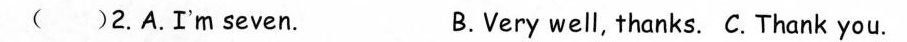
( )2.A.I'm seven. B.Very well, thanks. C. Thank you.